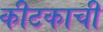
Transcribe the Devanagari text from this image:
कीटकाची